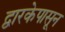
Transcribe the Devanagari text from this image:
द्वारकेपासून